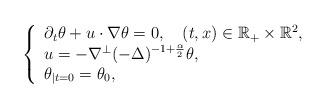
LaTeX: \begin{align*}\left\{ \begin{array}{ll}\partial_{t}\theta+u\cdot\nabla\theta=0,\quad(t,x)\in\mathbb{R}_+\times\mathbb{R}^2, &\\u=-\nabla^\perp(-\Delta)^{-1+\frac{\alpha}{2}}\theta,\\\theta_{|t=0}=\theta_0,\end{array} \right.\end{align*}